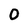
Character: 0